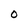
Character: O